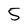
Character: 5